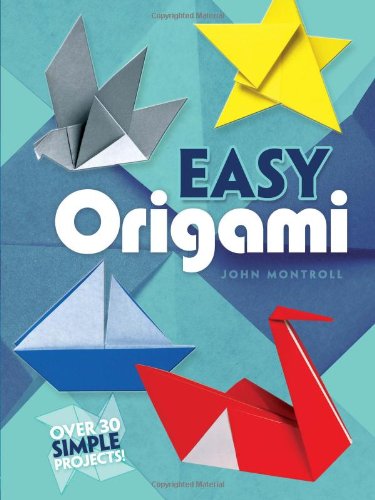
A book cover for Easy Origami (Dover Origami Papercraft)over 30 simple projects; John Montroll; Humor & Entertainment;